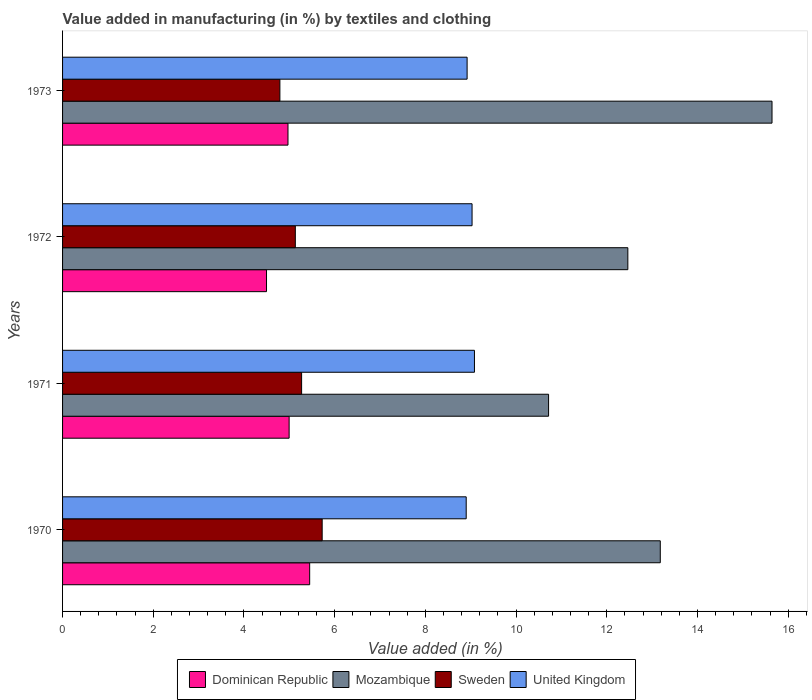
| Years | Dominican Republic | Mozambique | Sweden | United Kingdom |
 | --- | --- | --- | --- | --- |
 | 1970 | 5.45 | 13.2 | 5.72 | 8.9 |
 | 1971 | 5 | 10.7 | 5.27 | 9.08 |
 | 1972 | 4.5 | 12.5 | 5.13 | 9.03 |
 | 1973 | 4.97 | 15.6 | 4.79 | 8.92 |